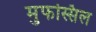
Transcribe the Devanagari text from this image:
मुफस्सिल